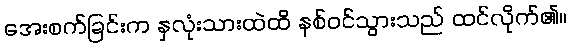
အေးစက်ခြင်းက နှလုံးသားထဲထိ နစ်ဝင်သွားသည် ထင်လိုက်၏။